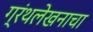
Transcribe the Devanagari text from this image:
ग्रंथलेखनाचा